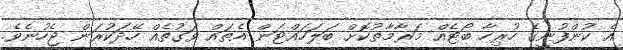
އެ ކުންފުނީގެ ހުރިހާ ބޯޓެއް މަރާމާތުކޮށް ބަލަހައްޓަން އެތައް ވަގުތެއް ހޭދަކުރަން ޖެހުނެވެ.